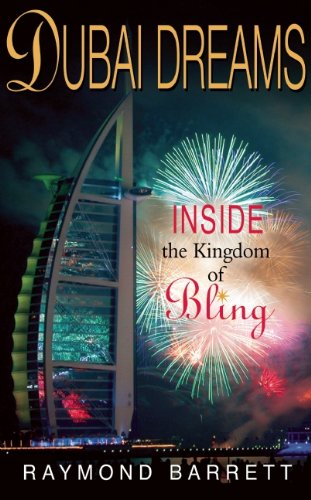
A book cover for Dubai Dreams: Inside the Kingdom of Bling; Raymond Barrett; Travel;